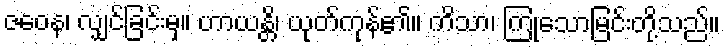
ဇဝေန၊ လျှင်ခြင်းမှ။ ဟာယန္တိ၊ ယုတ်ကုန်၏။ ကိသာ၊ ကြုံသောမြင်းတို့သည်။